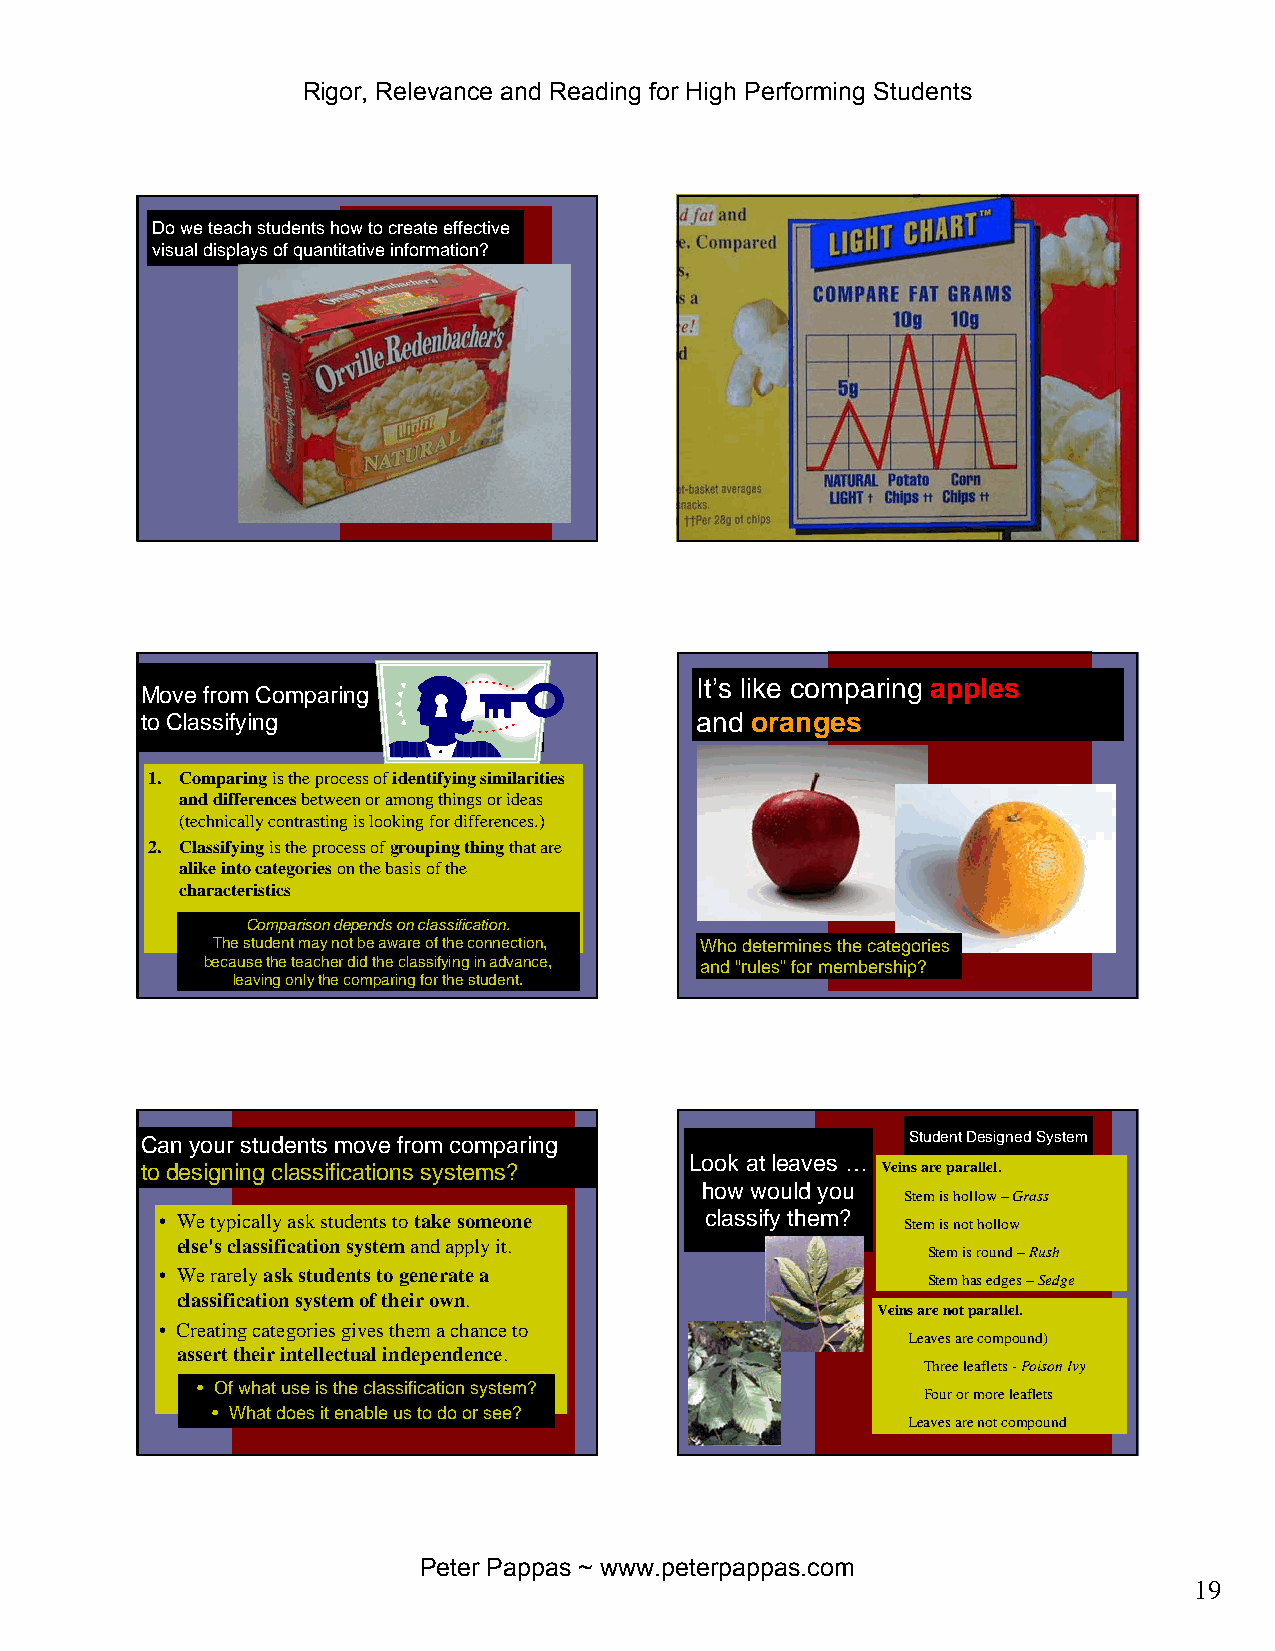
Rigor, Relevance and Reading for High Performing Students
 Do we teach students how to create effective
 visual displays of quantitative information?
 It’s like comparing apples
 Move from Comparing
 to Classifying                       and oranges
 1. Comparingis the process of identifying similarities
 and differencesbetween or among things or ideas
 (technically contrasting is looking for differences.)
 2. Classifyingis the process of grouping thingthat are
 alike into categorieson the basis of the
 characteristics
 Comparison depends on classification.
 The student may not be aware of the connection, Who determines the categories
 because the teacher did the classifying in advance, and “rules”for membership?
 leaving only the comparing for the student.
 Can your students move from comparing              Student Designed System
 Look at leaves …
 to designing classifications systems?            Veins are parallel.
 how would you
 Stem is hollow –Grass
 • We typically ask students to take someone classify them? Stem is not hollow
 else's classification systemand apply it.
 Stem is round –Rush
 • We rarely ask students to generate a
 Stem has edges –Sedge
 classification system of their own.
 Veins are not parallel.
 • Creating categories gives them a chance to
 Leaves are compound)
 assert their intellectual independence.
 Three leaflets -Poison Ivy
 • Of what use is the classification system?
 Four or more leaflets
 • What does it enable us to do or see?
 Leaves are not compound
 Peter Pappas ~ www.peterpappas.com
 19